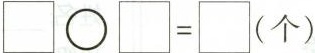
$$\Box \circ \Box=\Box（个）$$